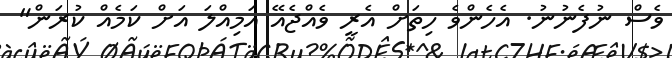
ވެސް ނުފެނުނު. އެހެންވެ ހިތަށް އެރީ ވެއްޖެއޭ އަމިއްލަ އަށް ކަމެއް ކުރަން"